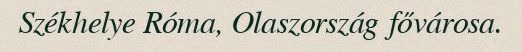
Székhelye Róma, Olaszország fővárosa.